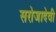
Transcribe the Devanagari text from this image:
सरोजादेवी